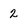
Character: 2